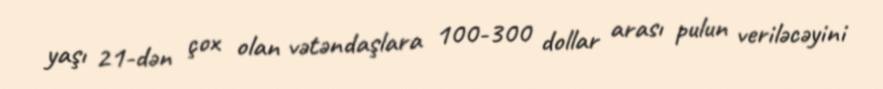
yaşı 21-dən çox olan vətəndaşlara 100-300 dollar arası pulun veriləcəyini